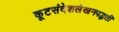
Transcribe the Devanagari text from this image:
कूटसंदेशलेखनपद्धती